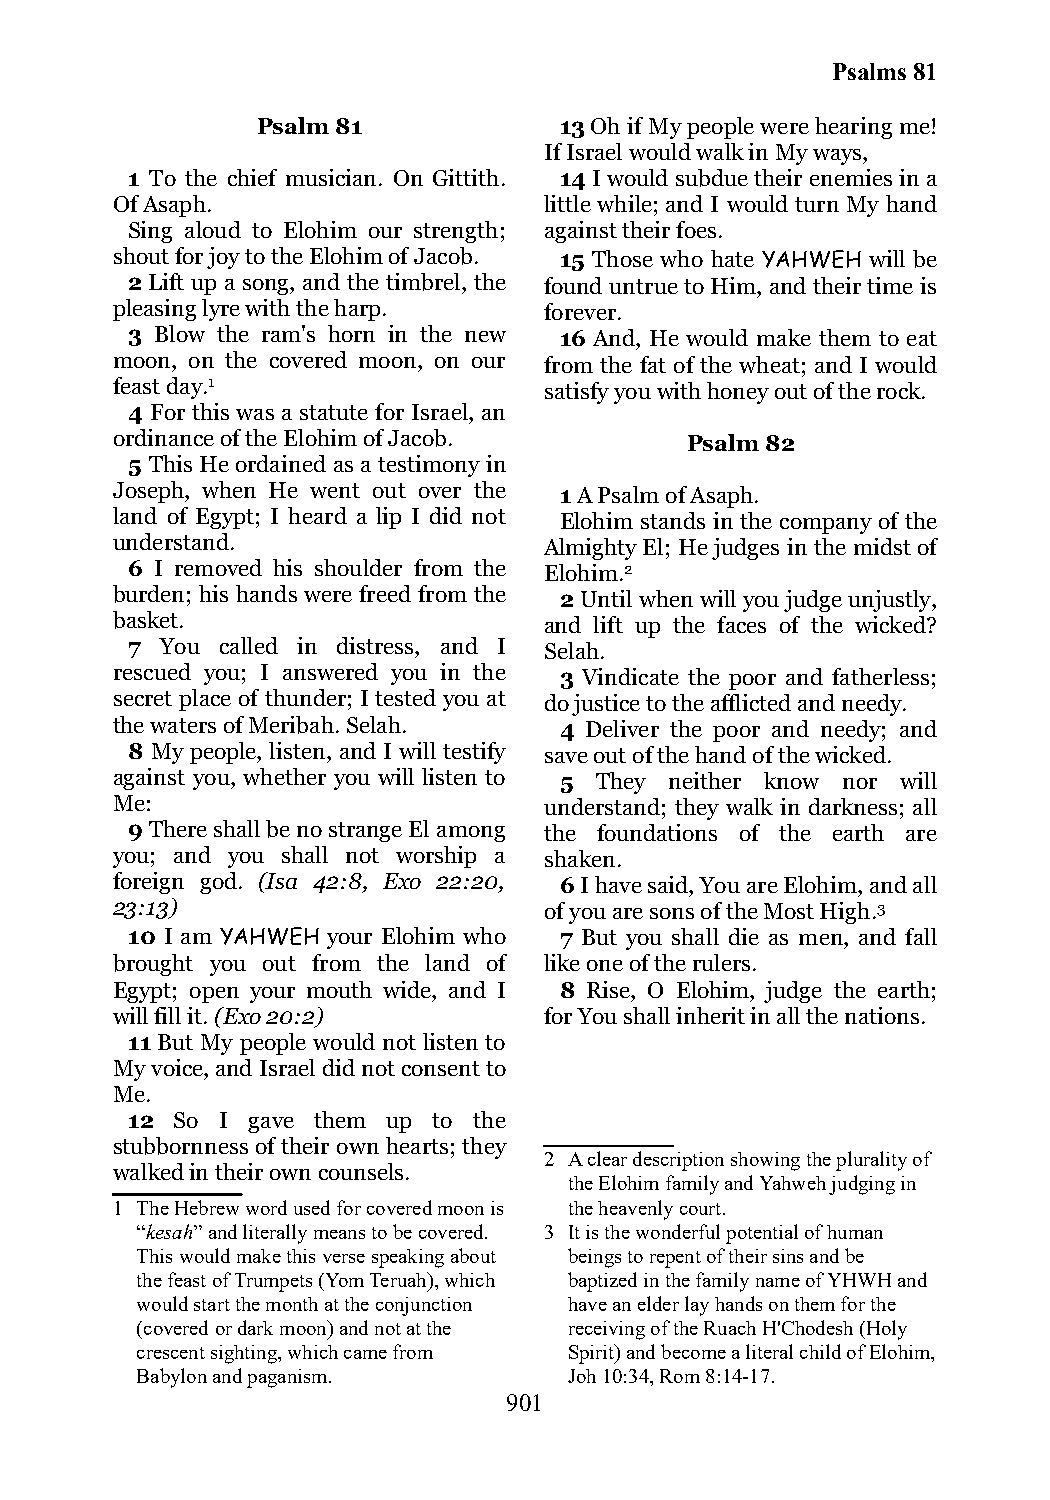
Psalms 81
 Psalm 81            13 Oh if My people were hearing me!
 If Israel would walk in My ways,
 1 To the chief musician. On Gittith. 14 I would subdue their enemies in a
 Of Asaph.                    little while; and I would turn My hand
 Sing aloud to Elohim our strength; against their foes.
 shout for joy to the Elohim of Jacob. 15 Those who hate YAHWEH will be
 2 Lift up a song, and the timbrel, the found untrue to Him, and their time is
 pleasing lyre with the harp. forever.
 3 Blow the ram's horn in the new 16 And, He would make them to eat
 moon, on the covered moon, on our from the fat of the wheat; and I would
 feast day.1                  satisfy you with honey out of the rock.
 4 For this was a statute for Israel, an
 ordinance of the Elohim of Jacob.     Psalm 82
 5 This He ordained as a testimony in
 Joseph, when He went out over the 1 A Psalm of Asaph.
 land of Egypt; I heard a lip I did not Elohim stands in the company of the
 understand.                  Almighty El; He judges in the midst of
 6 I removed his shoulder from the Elohim.2
 burden; his hands were freed from the 2 Until when will you judge unjustly,
 basket.                      and lift up the faces of the wicked?
 7  You called in distress, and I Selah.
 rescued you; I answered you in the 3 Vindicate the poor and fatherless;
 secret place of thunder; I tested you at do justice to the afflicted and needy.
 the waters of Meribah. Selah. 4 Deliver the poor and needy; and
 8 My people, listen, and I will testify save out of the hand of the wicked.
 against you, whether you will listen to 5 They neither know nor will
 Me:                          understand; they walk in darkness; all
 9 There shall be no strange El among the foundations of the earth are
 you; and you shall not worship a shaken.
 foreign god. (Isa 42:8, Exo 22:20, 6 I have said, You are Elohim, and all
 23:13)                       of you are sons of the Most High.3
 10 I am YAHWEH your Elohim who 7 But you shall die as men, and fall
 brought you out from the land of like one of the rulers.
 Egypt; open your mouth wide, and I 8 Rise, O Elohim, judge the earth;
 will fill it. (Exo 20:2)     for You shall inherit in all the nations.
 11 But My people would not listen to
 My voice, and Israel did not consent to
 Me.
 12  So I gave them up to the
 stubbornness of their own hearts; they
 2 A clear description showing the plurality of
 walked in their own counsels.
 the Elohim family and Yahweh judging in
 1 The Hebrew word used for covered moon is the heavenly court.
 “kesah” and literally means to be covered. 3 It is the wonderful potential of human
 This would make this verse speaking about beings to repent of their sins and be
 the feast of Trumpets (Yom Teruah), which baptized in the family name of YHWH and
 would start the month at the conjunction have an elder lay hands on them for the
 (covered or dark moon) and not at the receiving of the Ruach H'Chodesh (Holy
 crescent sighting, which came from Spirit) and become a literal child of Elohim,
 Babylon and paganism.        Joh 10:34, Rom 8:14-17.
 901